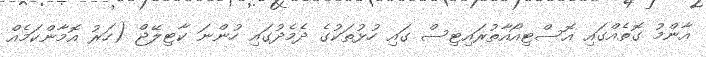
އާންމު ގޮތެއްގައި އޮސްޓިއޯއާތުރައިޓިސް ގައި ހުޅުތަކުގެ ދެމެދުގައި ހުންނަ ކާޓިލޭޖް (ހަރު އޮމާންކަމެއް